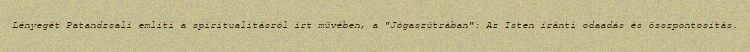
Lényegét Patandzsali említi a spiritualitásról írt művében, a "Jógaszútrában": Az Isten iránti odaadás és összpontosítás.